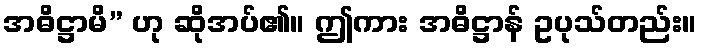
အဓိဋ္ဌာမိ” ဟု ဆိုအပ်၏။ ဤကား အဓိဋ္ဌာန် ဥပုသ်တည်း။